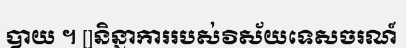
បាយ ។ []និន្នាការរបស់វិស័យទេសចរណ៍